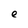
Character: e